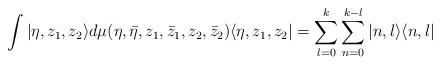
LaTeX: \begin{align*}\int \vert \eta, z_1 , z_2 \rangle d\mu (\eta ,\bar \eta, z_1, \bar z_1, z_2 , \bar z_2)\langle \eta, z_1 , z_2 \vert = \sum_{l = 0}^{k} \sum_{n = 0}^{k-l}\vert n,l \rangle \langle n,l \vert\end{align*}